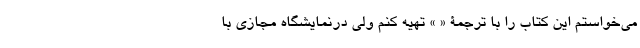
می‌خواستم این کتاب را با ترجمۀ « » تهیه کنم ولی درنمایشگاه مجازی با